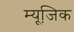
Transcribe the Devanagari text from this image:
म्‍यूजि़क